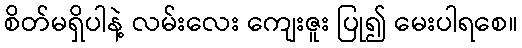
စိတ်မရှိပါနဲ့ လမ်းလေး ကျေးဇူး ပြု၍ မေးပါရစေ။